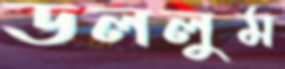
ডললুম